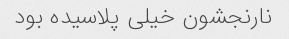
نارنجشون خیلی پلاسیده بود